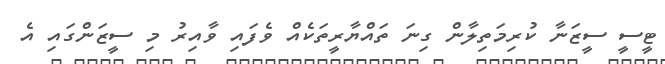
ޓީސީ ސީޒަނާ ކުރިމަތިލާން ގިނަ ތައްޔާރީތަކެއް ވެފައި ވާއިރު މި ސީޒަންގައި އެ